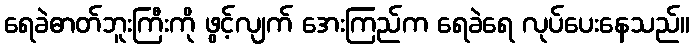
ရေခဲဓာတ်ဘူးကြီးကို ဖွင့်လျက် အေးကြည်က ရေခဲရေ လုပ်ပေးနေသည်။